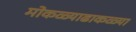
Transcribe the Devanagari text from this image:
मोकळ्याढाकळ्या